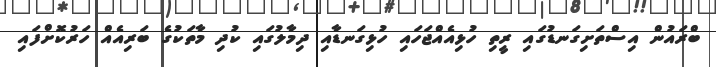
ބްރައުން އިސްތަށިގަނޑުގައި ރީތި ހުޅިއެއްޖަހައި ހުޅިގަނޑާއި ދިމާލުގައި ކުދި މާތަކުގެ ބަރިއެއް ހަރުކޮށްފައި